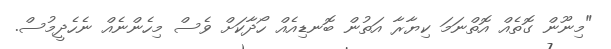
"މިނޫން ގޮތެއް އޮތްނަމަ ކިޔާރާ އަތުން ބޮނޑިއެއް ހޯދާކަށް ވެސް މިހެންނެއް ނެހެދީމުސް.